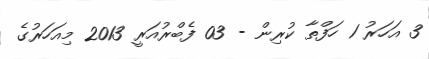
3 އަހަރު 1 ހަފްތާ ކުރިން - 03 ފެބްރުއަރީ 2013 މިއަހަރުގެ